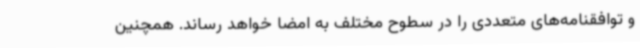
و توافقنامه‌های متعددی را در سطوح مختلف به امضا خواهد رساند. همچنین